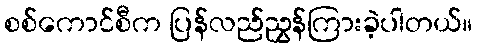
စစ်ကောင်စီက ပြန်လည်ညွှန်ကြားခဲ့ပါတယ်။